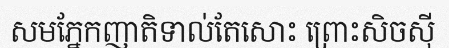
សមភ្នែកញាតិទាល់តែសោះ ព្រោះសិចស៊ី